Civil Veterinary Dept. Bombay admin report 1914-1922 - 1914-1922
Year: 1914
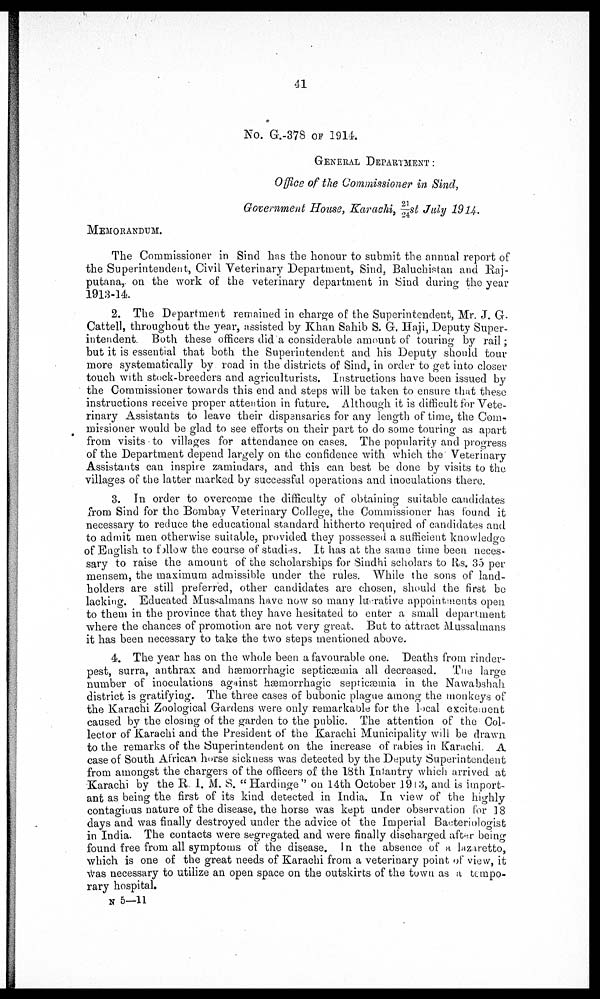
41
No. G-.378 OF 1914.
GENERAL DEPARTMENT :
Office of the Commissioner in Sind,
Government House, Karachi, 21/24st July 1914.
MEMORANDUM.
The Commissioner in Sind has the honour to submit the annual report of
the Superintendent, Civil Veterinary Department, Sind, Baluchistan and Raj-
putana, on the work of the veterinary department in Sind during the year
1913-14.
2. The Department remained in charge of the Superintendent, Mr. J. G-
Cattell, throughout the year, assisted by Khan Sahib S. G. Haji, Deputy Super-
intendent. Both these officers did a considerable amount of touring by rail;
but it is essential that both the Superintendent and his Deputy should tour
more systematically by road in the districts of Sind, in order to get into closer
touch with stock-breeders and agriculturists. Instructions have been issued by
the Commissioner towards this end and steps will be taken to ensure that these
instructions receive proper attention in future. Although it is difficult for Vete-
rinary Assistants to leave their dispensaries for any length of time, the Com-
missioner would be glad to see efforts on their part to do some touring as apart
from visits to villages for attendance on cases. The popularity and progress
of the Department depend largely on the confidence with which the Veterinary
Assistants can inspire zamindars, and this can best be done by visits to the
villages of the latter marked by successful operations and inoculations there.
3. In order to overcome the difficulty of obtaining suitable candidates
from Sind for the Bombay Veterinary College, the Commissioner has found it
necessary to reduce the educational standard hitherto required of candidates and
to admit men otherwise suitable, provided they possessed a sufficient knowledge
of English to follow the course of studies. It has at the same time been neces-
sary to raise the amount of the scholarships for Sindhi scholars to Rs. 35 per
mensem, the maximum admissible under the rules. While the sons of land-
holders are still preferred, other candidates are chosen, should the first be
lacking. Educated Mussalmans have now so many lucrative appointments open
to them in the province that they have hesitated to enter a small department
where the chances of promotion are not very great. But to attract Mussalmans
it has been necessary to take the two steps mentioned above.
4. The year has on the whole been a favourable one. Deaths from rinder-
pest, surra, anthrax and hæmorrhagic septicæmia all decreased. The large
number of inoculations against hemorrhagic septicemia in the Nawabshah
district is gratifying. The three cases of bubonic plague among the monkeys of
the Karachi Zoological Gardens were only remarkable for the local excitement
caused by the closing of the garden to the public. The attention of the Col-
lector of Karachi and the President of the Karachi Municipality will be drawn,
to the remarks of the Superintendent on the increase of rabies in Karachi. A
case of South African horse sickness was detected by the Deputy Superintendent
from amongst the chargers of the officers of the 18th Infantry which arrived at
Karachi by the R. I. M. S. "Hardinge'' on 14th October 1913, and is import-
ant as being the first of its kind detected in India. In view of the highly
contagious nature of the disease, the horse was kept under observation for 18
days and was finally destroyed under the advice of the Imperial Bacteriologist
in India. The contacts were segregated and were finally discharged after being
found free from all symptoms of the disease. In the absence of a lazaretto,
which is one of the great needs of Karachi from a veterinary point of view, it
was necessary to utilize an open space on the outskirts of the town as a tempo-
rary hospital.
N 5—11